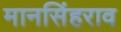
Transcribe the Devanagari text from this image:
मानसिंहराव